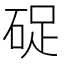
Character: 𥒭